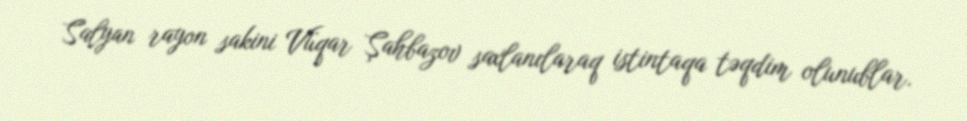
Salyan rayon sakini Vüqar Şahbazov saxlanılaraq istintaqa təqdim olunublar.